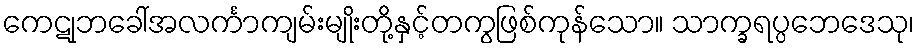
ကေဋုဘခေါ်အလင်္ကာကျမ်းမျိုးတို့နှင့်တကွဖြစ်ကုန်သော။ သာက္ခရပ္ပဘေဒေသု၊